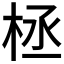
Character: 𣑕